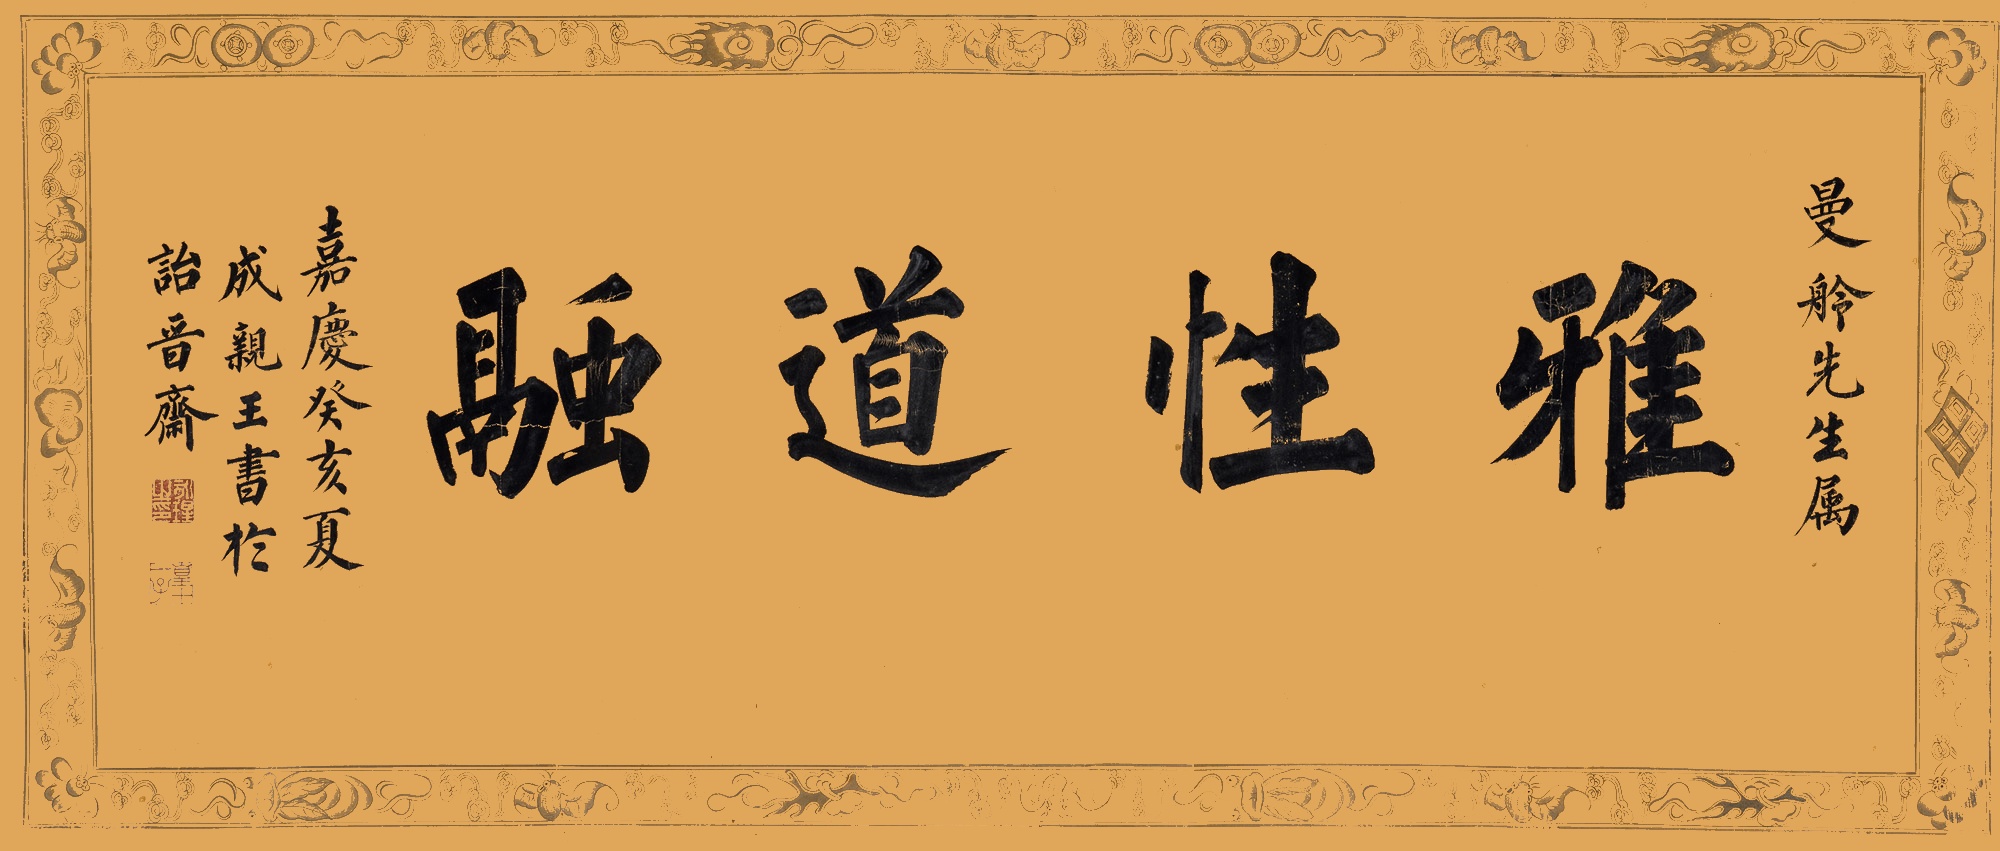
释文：雅性道融曼舲先生属。嘉庆癸亥夏，成亲王书于诒晋斋。